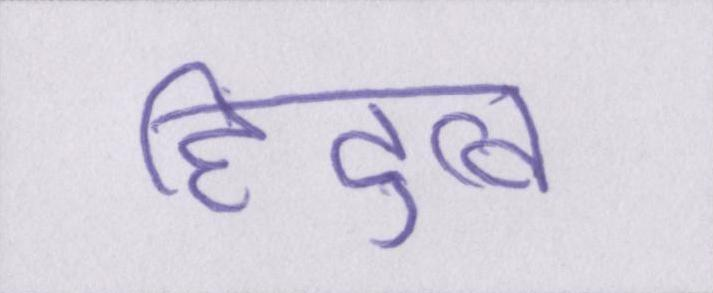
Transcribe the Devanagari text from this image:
हिंदुत्व